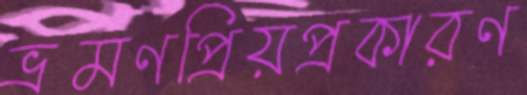
ভ্রমণপ্রিয়প্রকারণ